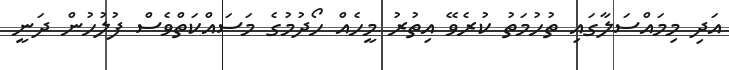
އަދި މިމައްސަލާގައި ތުހުމަތު ކުރެވޭ އިތުރު މީހެއް ހޯދުމުގެ މަސައްކަތްވެސް ފުލުހުން ދަނީ